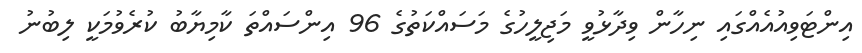
އިންޓަވިއުއެއްގައި ނިހާން ވިދާޅުވީ މަޖިލީހުގެ މަސައްކަތުގެ 96 އިންސައްތަ ކާމިޔާބު ކުރެވުމަކީ ލިބުނު